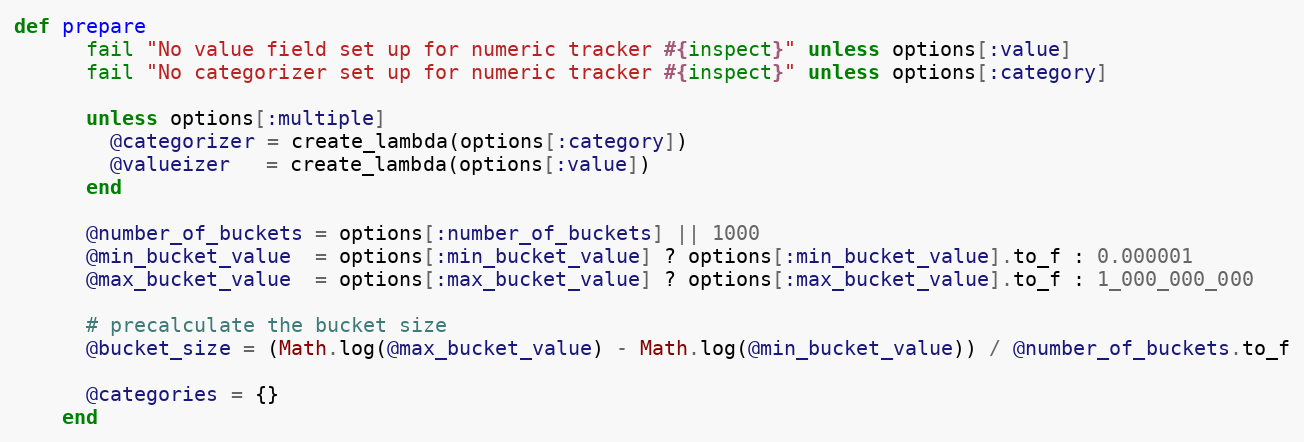
Language: Ruby
def prepare
      fail "No value field set up for numeric tracker #{inspect}" unless options[:value]
      fail "No categorizer set up for numeric tracker #{inspect}" unless options[:category]

      unless options[:multiple]
        @categorizer = create_lambda(options[:category])
        @valueizer   = create_lambda(options[:value])
      end

      @number_of_buckets = options[:number_of_buckets] || 1000
      @min_bucket_value  = options[:min_bucket_value] ? options[:min_bucket_value].to_f : 0.000001
      @max_bucket_value  = options[:max_bucket_value] ? options[:max_bucket_value].to_f : 1_000_000_000

      # precalculate the bucket size
      @bucket_size = (Math.log(@max_bucket_value) - Math.log(@min_bucket_value)) / @number_of_buckets.to_f

      @categories = {}
    end